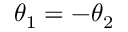
\theta _ { 1 } = - \theta _ { 2 }